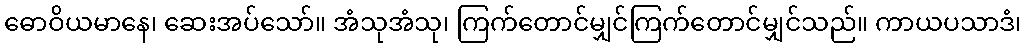
ဓောဝိယမာနေ၊ ဆေးအပ်သော်။ အံသုအံသု၊ ကြက်တောင်မျှင်ကြက်တောင်မျှင်သည်။ ကာယပသာဒံ၊